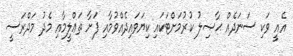
އެއީ ވަކި ސަނަދެއް ޙާޞިލު ކުރުމަށްޓަކައި ކިޔަވައިދެއްވުމާއި ފަށާ ތަޢްލީމާއި މެދު މަދްރަސީ